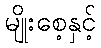
မျိုးစေ့နှင့်